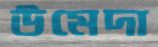
উমেদা